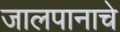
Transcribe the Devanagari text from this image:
जालपानाचे